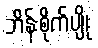
ဘိန်းစိုက်ပျိုး